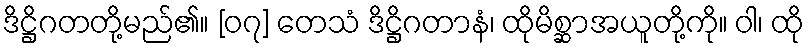
ဒိဋ္ဌိဂတတို့မည်၏။ [၀၇] တေသံ ဒိဋ္ဌိဂတာနံ၊ ထိုမိစ္ဆာအယူတို့ကို။ ဝါ၊ ထို